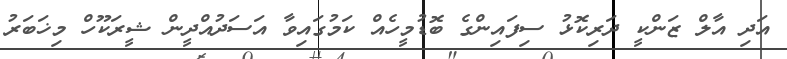
އަދި އާލް ޒަންކީ ދަރިކޮޅު ސިފައިންގެ ބޮޑުމީހެއް ކަމުގައިވާ އަސަދުއްދީން ޝީރަކޫހް މިޚަބަރު